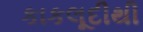
કાકલૂદીથી